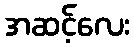
အဆင့်လေး